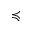
\preccurlyeq